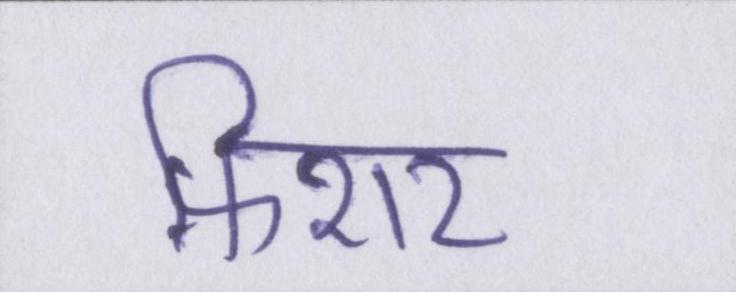
फ़िशर